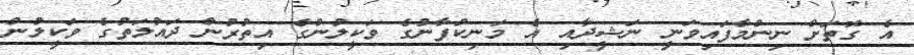
އެ ގޮތަށް ނިންމާފައިވަނީ ނަޝީދާއި އެ މަނިކުފާނުގެ ވަކީލުންގެ އިތުރުން ދައުލަތުގެ ވަކީލުން